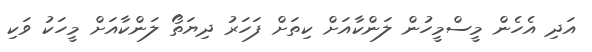
އަދި އެހެން މީސްމީހުން ލަންކާއަށް ކިތަށް ފަހަރު ދިޔަތޯ ލަންކާއަށް މީހަކު ވަކި